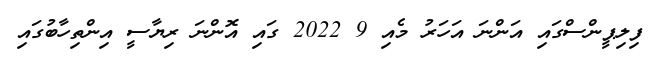
ފިލިޕީންސްގައި އަންނަ އަހަރު މެއި 9 2022 ގައި އޮންނަ ރިޔާސީ އިންތިހާބުގައި